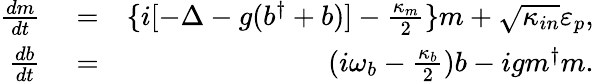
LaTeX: \begin{array}{rlr}{\frac{dm}{dt}}&{{}=}&{\{ i[-\Delta-g(b^{\dagger}+b)]-\frac{\kappa_{m}}{2}\} m+\sqrt{\kappa_{in}}\varepsilon_{p},}\\ {\frac{db}{dt}}&{{}=}&{(i\omega_{b}-\frac{\kappa_{b}}{2})b-igm^{\dagger}m.}\end{array}